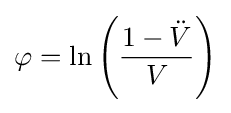
\varphi =\ln \left({\frac {1-{\ddot {V}}}{V}}\right)